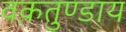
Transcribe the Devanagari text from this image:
वक़तुण्डाय